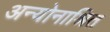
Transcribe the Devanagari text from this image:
अन्योनाश्रित